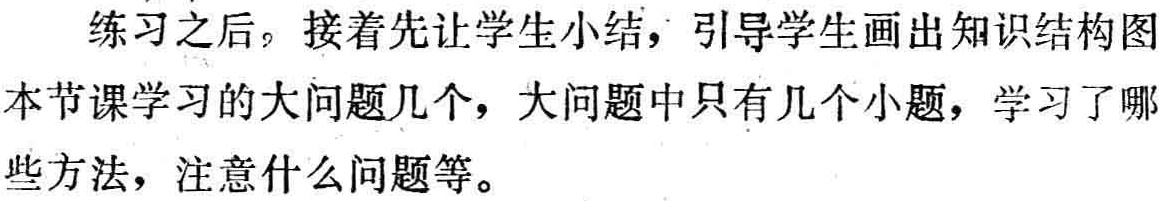
练习之后，接着先让学生小结，引导学生画出知识结构图。本节课学习的大问题几个，大问题中只有几个小题，学习了哪些方法，注意什么问题等。